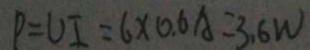
P = U I = 6 \times 0 . 6 A = 3 . 6 W